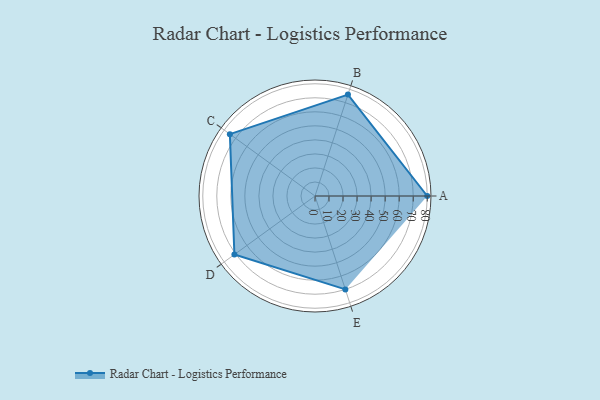
{"axis": {"x": "Skill", "y": "Score"}, "legend": ["Profile"], "data": [{"x": "A", "y": 80.0, "type": "Profile"}, {"x": "B", "y": 76.0, "type": "Profile"}, {"x": "C", "y": 75.0, "type": "Profile"}, {"x": "D", "y": 71.0, "type": "Profile"}, {"x": "E", "y": 70.0, "type": "Profile"}]}